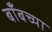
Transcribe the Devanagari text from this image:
बाँबच्या